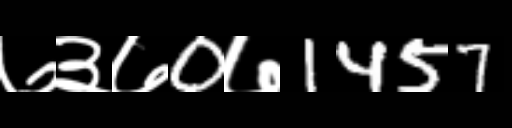
Text: ७३७0७1457